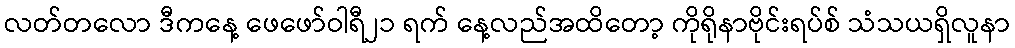
လတ်တလော ဒီကနေ့ ဖေဖော်ဝါရီ၂၁ ရက် နေ့လည်အထိတော့ ကိုရိုနာဗိုင်းရပ်စ် သံသယရှိလူနာ